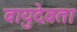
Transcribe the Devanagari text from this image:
वायुदेवता